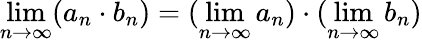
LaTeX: \operatorname*{lim}_{n\to\infty}(a_{n}\cdot b_{n})=(\operatorname*{lim}_{n\to\infty}a_{n})\cdot(\operatorname*{lim}_{n\to\infty}b_{n})